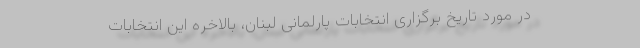
در مورد تاریخ برگزاری انتخابات پارلمانی لبنان، بالاخره این انتخابات